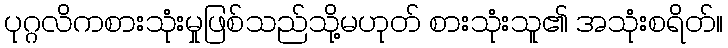
ပုဂ္ဂလိကစားသုံးမှုဖြစ်သည်သို့မဟုတ် စားသုံးသူ၏ အသုံးစရိတ်။